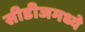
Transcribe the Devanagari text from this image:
सीडीजमध्ये